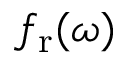
f _ { \mathrm { r } } ( \omega )